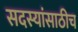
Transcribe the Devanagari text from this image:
सदस्यांसाठीच